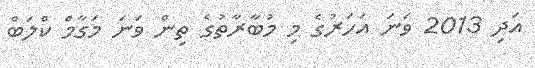
އަދި 2013 ވަނަ އަހަރުގެ މި މުބާރާތުގެ ތިން ވަނަ މަގާމް ކްލަބް